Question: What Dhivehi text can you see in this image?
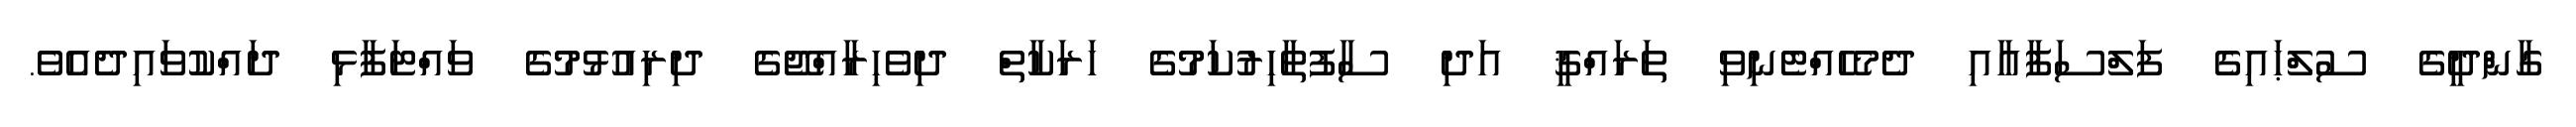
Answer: ގާންދީގެ ސުލްޙައިގެ ފަލްސަފާއާއި ދެމެހެއްޓެނިވި ތަރައްޤީ އަދި ސާފުތާހިރުކަމުގެ ހަރަކާތް ދިވެހިރާއްޖޭގެ ދިރިއުޅުމުގެ ވައްޓަފާޅި ދައްކުވައިދެއެވެ.